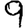
Digit: 9